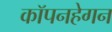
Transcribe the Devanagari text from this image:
कॉपनहेगन